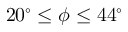
2 0 ^ { \circ } \leq \phi \leq 4 4 ^ { \circ }